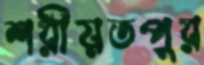
শরীয়তপুর